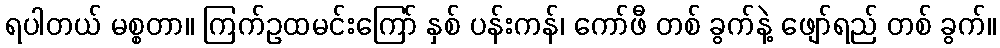
ရပါတယ် မစ္စတာ။ ကြက်ဥထမင်းကြော် နှစ် ပန်းကန်၊ ကော်ဖီ တစ် ခွက်နဲ့ ဖျော်ရည် တစ် ခွက်။